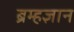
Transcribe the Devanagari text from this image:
ब्रम्हज्ञान